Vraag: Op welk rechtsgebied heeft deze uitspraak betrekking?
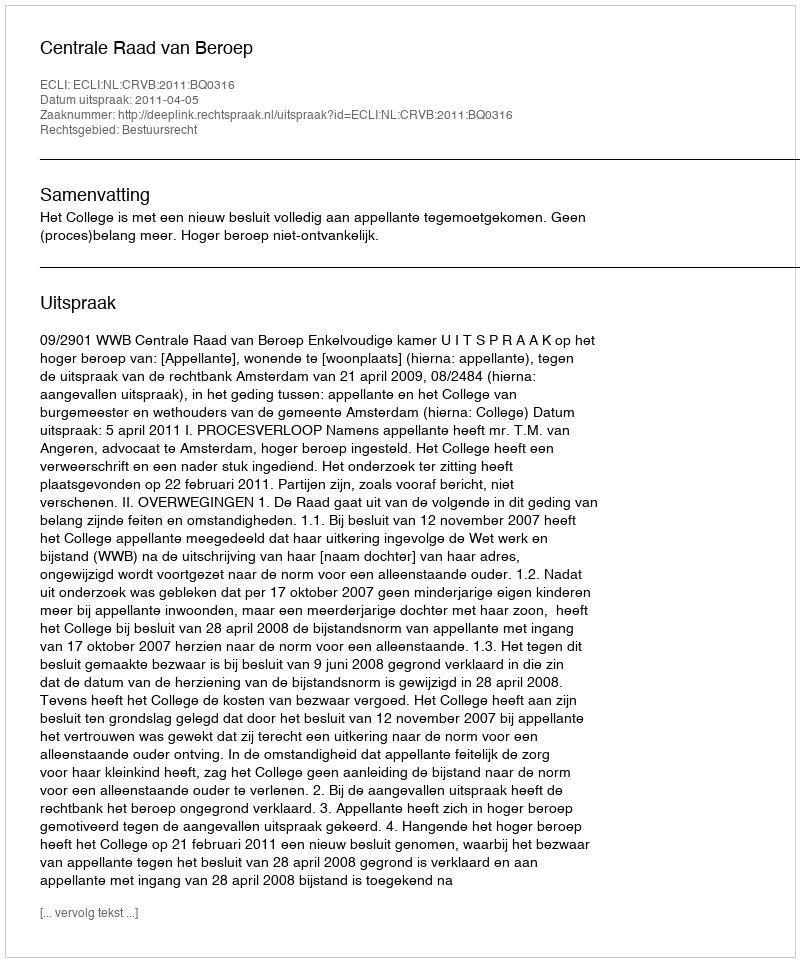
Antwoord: Bestuursrecht